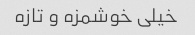
خیلی خوشمزه و تازه